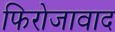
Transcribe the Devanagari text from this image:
फिरोजावाद